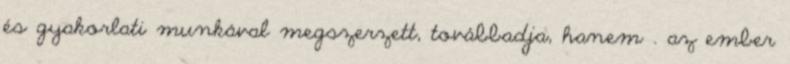
és gyakorlati munkával megszerzett, továbbadja, hanem . az ember